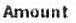
AMOUNT